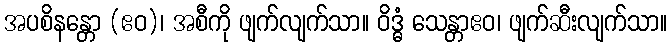
အပစိနန္တော (ဧဝ)၊ အစီကို ဖျက်လျက်သာ။ ဝိဒ္ဓံ သေန္တာဧဝ၊ ဖျက်ဆီးလျက်သာ။